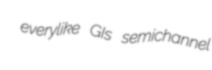
everylike GIs semichannel